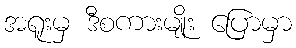
အရူးမှ ဒီစကားမျိုး ပြောမှာ